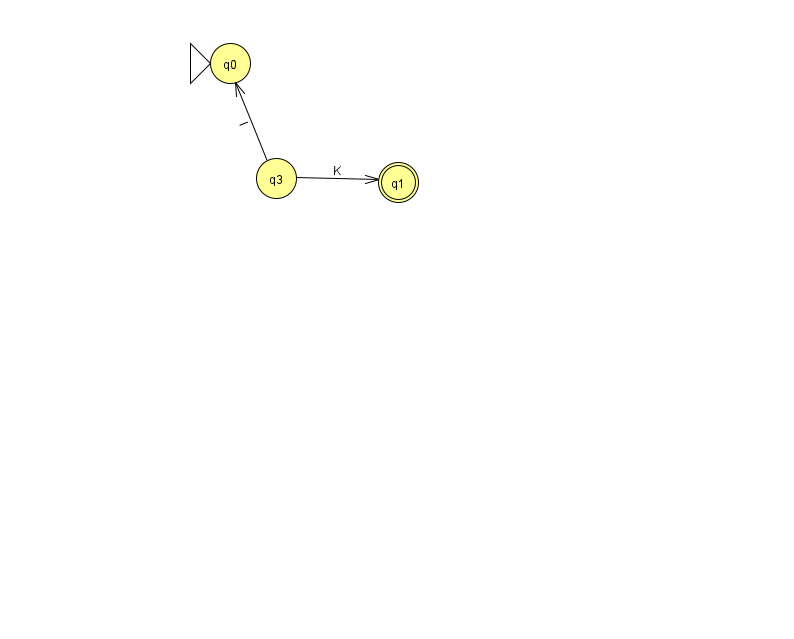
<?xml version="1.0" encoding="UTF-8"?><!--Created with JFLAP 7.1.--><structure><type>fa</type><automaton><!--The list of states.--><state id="0" name="q0"><x>230.0</x><y>50.0</y><initial/></state><state id="1" name="q1"><x>398.0</x><y>169.0</y><final/></state><state id="3" name="q3"><x>276.0</x><y>165.0</y></state><!--The list of transitions.--><transition><from>3</from><to>1</to><read>K</read></transition><transition><from>3</from><to>0</to><read>l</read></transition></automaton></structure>